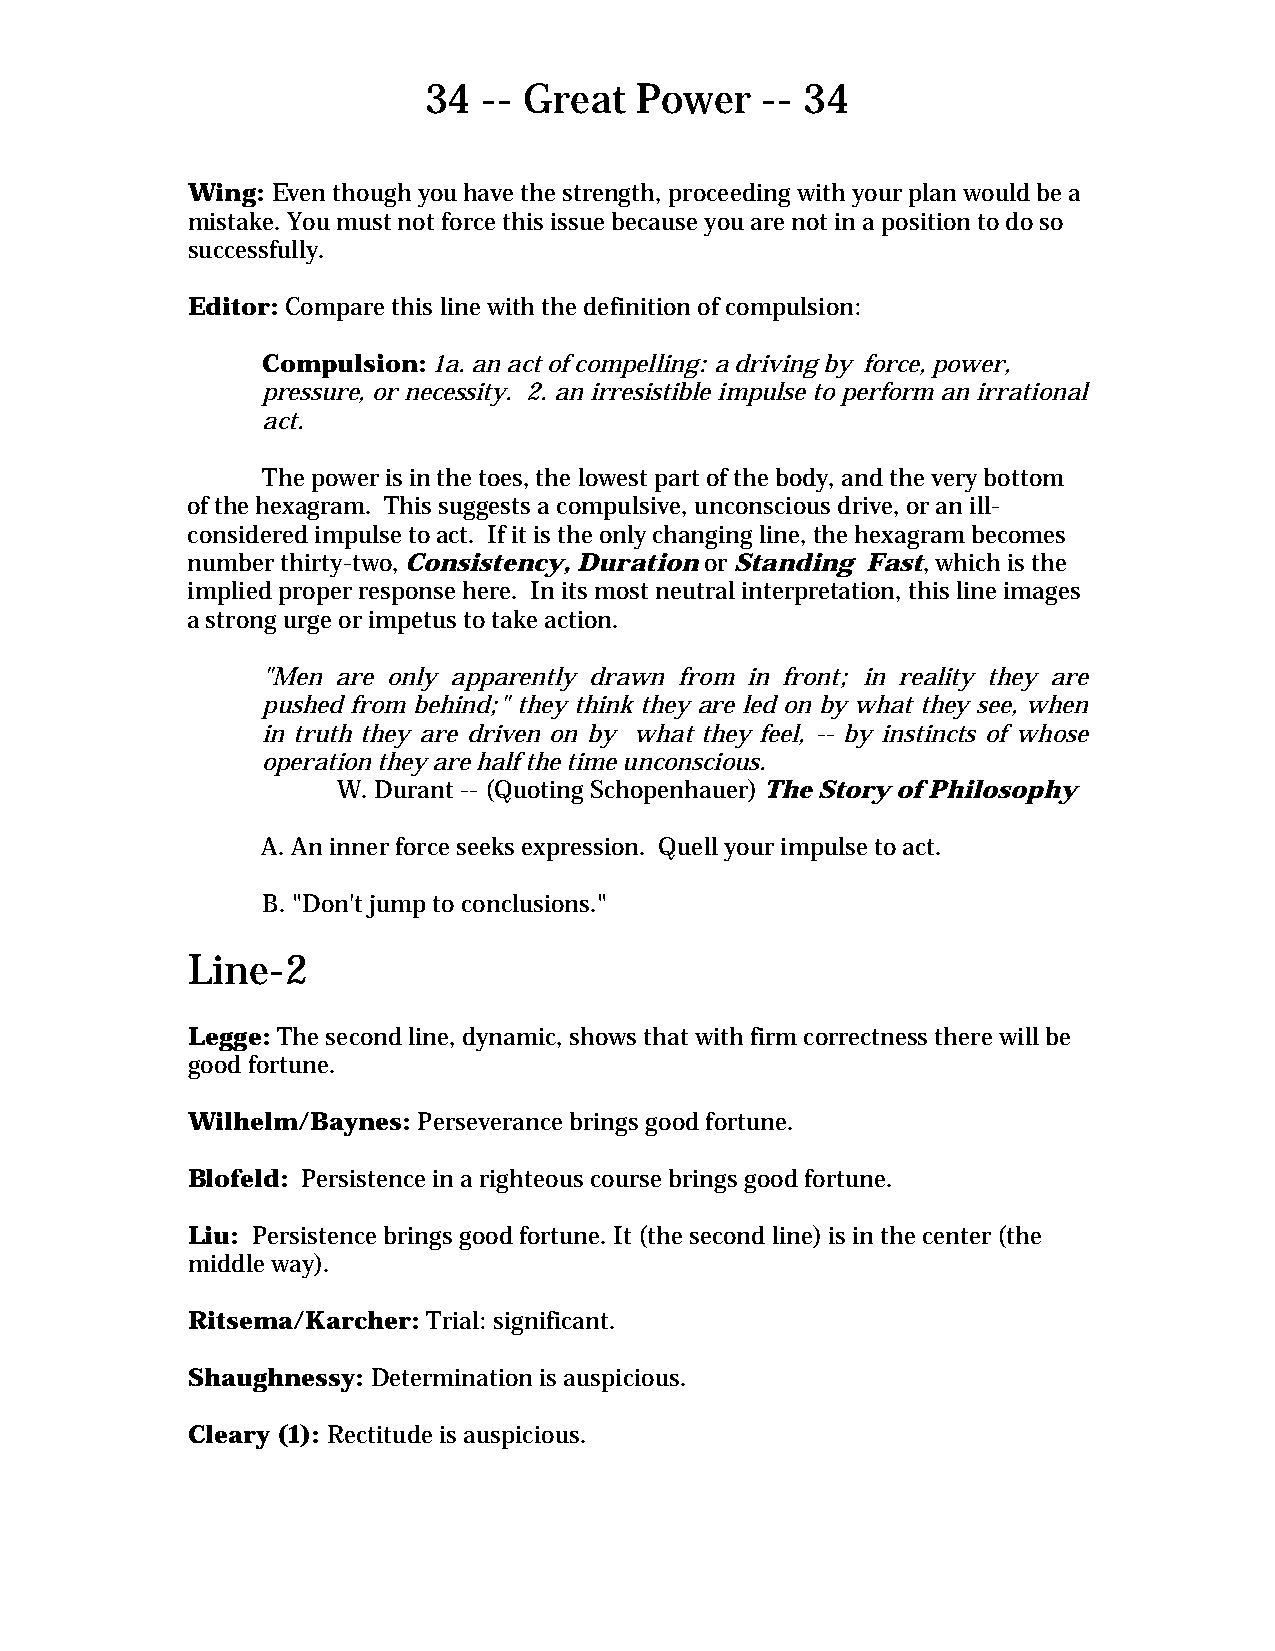
34  -- Great  Power   -- 34
 Wing: Even though you have the strength, proceeding with your plan would be a
 mistake. You must not force this issue because you are not in a position to do so
 successfully.
 Editor: Compare this line with the definition of compulsion:
 Compulsion: 1a. an act of compelling: a driving by force, power,
 pressure, or necessity. 2. an irresistible impulse to perform an irrational
 act.
 The power is in the toes, the lowest part of the body, and the very bottom
 of the hexagram. This suggests a compulsive, unconscious drive, or an ill-
 considered impulse to act. If it is the only changing line, the hexagram becomes
 number thirty-two, Consistency, Duration or Standing Fast, which is the
 implied proper response here. In its most neutral interpretation, this line images
 a strong urge or impetus to take action.
 "Men are only apparently drawn from in front; in reality they are
 pushed from behind;" they think they are led on by what they see, when
 in truth they are driven on by what they feel, -- by instincts of whose
 operation they are half the time unconscious.
 W. Durant -- (Quoting Schopenhauer) The Story of Philosophy
 A. An inner force seeks expression. Quell your impulse to act.
 B. "Don't jump to conclusions."
 Line-2
 Legge: The second line, dynamic, shows that with firm correctness there will be
 good fortune.
 Wilhelm/Baynes: Perseverance brings good fortune.
 Blofeld: Persistence in a righteous course brings good fortune.
 Liu: Persistence brings good fortune. It (the second line) is in the center (the
 middle way).
 Ritsema/Karcher: Trial: significant.
 Shaughnessy: Determination is auspicious.
 Cleary (1): Rectitude is auspicious.